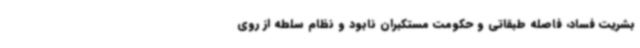
بشریت فساد، فاصله طبقاتی و حکومت مستکبران نابود و نظام سلطه از روی